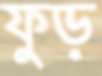
ফুড়